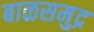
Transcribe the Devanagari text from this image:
बाळसमुद्र